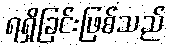
ရရှိခြင်းဖြစ်သည်